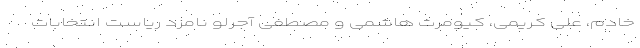
خادم، علی کریمی، کیومرث هاشمی و مصطفی آجرلو نامزد ریاست انتخابات